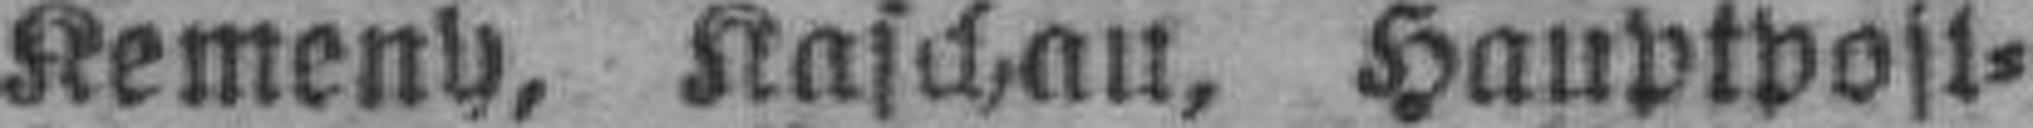
Kemeny, Kaschau, Hauptpost¬